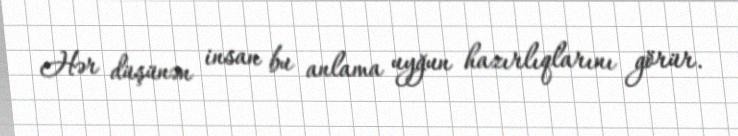
Hər düşünən insan bu anlama uyğun hazırlıqlarını görür.